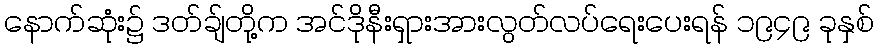
နောက်ဆုံး၌ ဒတ်ချ်တို့က အင်ဒိုနီးရှားအားလွတ်လပ်ရေးပေးရန် ၁၉၄၉ ခုနှစ်